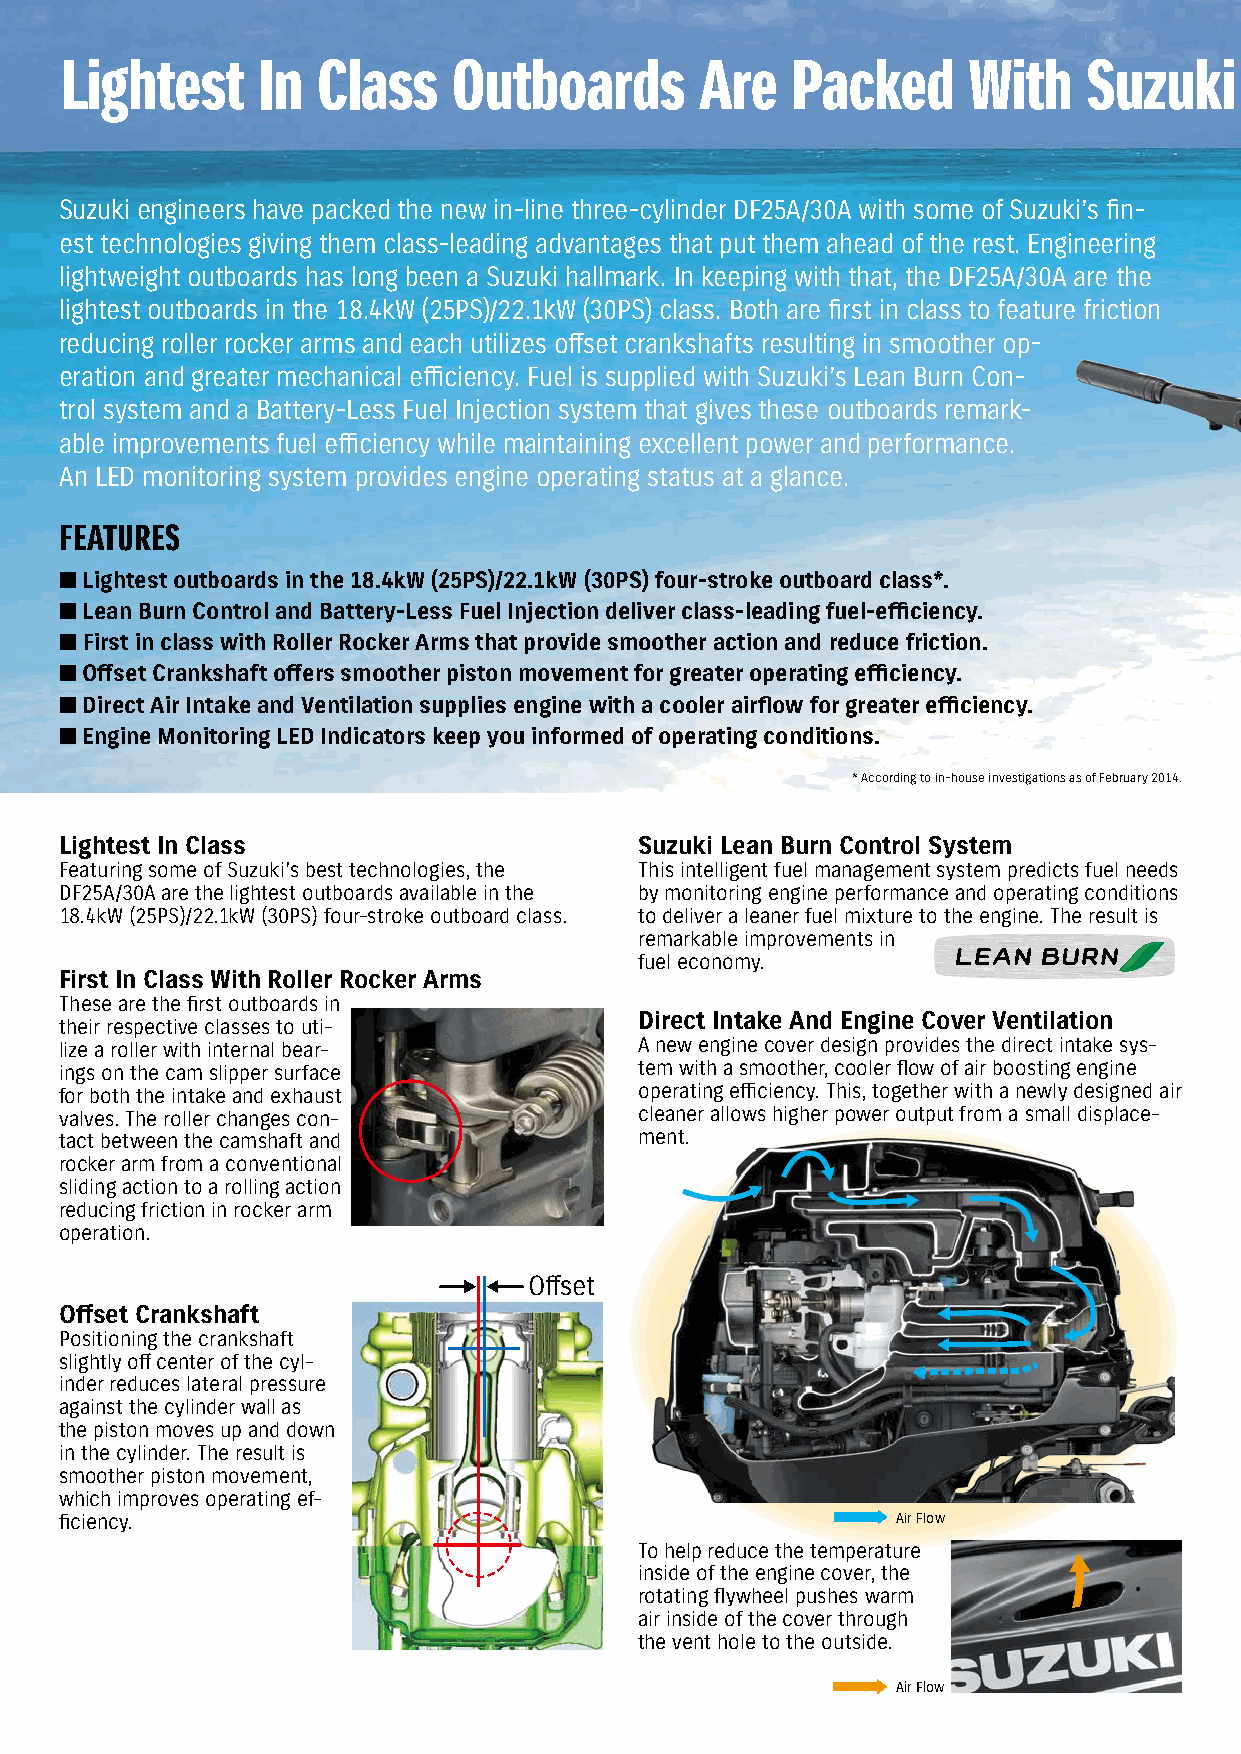
Lightest     In  Class    Outboards       Are   Packed      With    Suzuki     Technology
 Suzuki engineers have packed the new in-line three-cylinder DF25A/30A with some of Suzuki’s fin-
 est technologies giving them class-leading advantages that put them ahead of the rest. Engineering
 lightweight outboards has long been a Suzuki hallmark. In keeping with that, the DF25A/30A are the
 lightest outboards in the 18.4kW (25PS)/22.1kW (30PS) class. Both are first in class to feature friction
 reducing roller rocker arms and each utilizes offset crankshafts resulting in smoother op-
 eration and greater mechanical efficiency. Fuel is supplied with Suzuki’s Lean Burn Con-
 trol system and a Battery-Less Fuel Injection system that gives these outboards remark-
 able improvements fuel efficiency while maintaining excellent power and performance.
 An LED monitoring system provides engine operating status at a glance.
 FeATureS
 n Lightest outboards in the 18.4kW (25PS)/22.1kW (30PS) four-stroke outboard class*.
 n Lean Burn Control and Battery-Less Fuel Injection deliver class-leading fuel-efficiency.
 n First in class with Roller Rocker Arms that provide smoother action and reduce friction.
 n Offset Crankshaft offers smoother piston movement for greater operating efficiency.
 n Direct Air Intake and Ventilation supplies engine with a cooler airflow for greater efficiency.
 n Engine Monitoring LED Indicators keep you informed of operating conditions.
 * According to in-house investigations as of February 2014.
 Lightest In Class                     Suzuki Lean Burn Control System
 Featuring some of Suzuki’s best technologies, the This intelligent fuel management system predicts fuel needs
 DF25A/30A are the lightest outboards available in the by monitoring engine performance and operating conditions
 18.4kW (25PS)/22.1kW (30PS) four-stroke outboard class. to deliver a leaner fuel mixture to the engine. The result is
 remarkable improvements in
 fuel economy.
 First In Class With Roller Rocker Arms
 These are the first outboards in
 Direct Intake And Engine Cover Ventilation
 their respective classes to uti-
 lize a roller with internal bear-     A new engine cover design provides the direct intake sys-
 ings on the cam slipper surface       tem with a smoother, cooler flow of air boosting engine
 for both the intake and exhaust       operating efficiency. This, together with a newly designed air
 valves. The roller changes con-       cleaner allows higher power output from a small displace-
 tact between the camshaft and         ment.
 rocker arm from a conventional
 sliding action to a rolling action
 reducing friction in rocker arm
 operation.
 Offset
 Offset Crankshaft
 Positioning the crankshaft
 slightly off center of the cyl-
 inder reduces lateral pressure
 against the cylinder wall as
 the piston moves up and down
 in the cylinder. The result is
 smoother piston movement,
 which improves operating ef-
 ficiency.                                              Air Flow
 To help reduce the temperature
 inside of the engine cover, the
 rotating flywheel pushes warm
 air inside of the cover through
 the vent hole to the outside.
 Air Flow